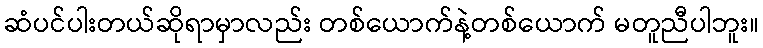
ဆံပင်ပါးတယ်ဆိုရာမှာလည်း တစ်ယောက်နဲ့တစ်ယောက် မတူညီပါဘူး။